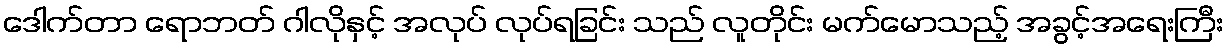
ဒေါက်တာ ရောဘတ် ဂါလိုနှင့် အလုပ် လုပ်ရခြင်း သည် လူတိုင်း မက်မောသည့် အခွင့်အရေးကြီး